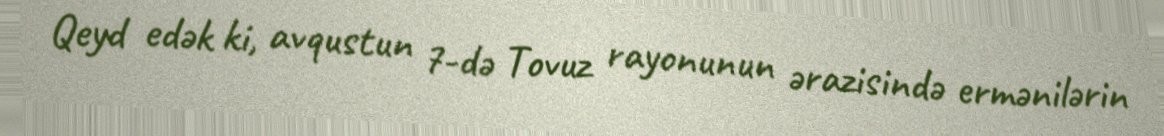
Qeyd edək ki, avqustun 7-də Tovuz rayonunun ərazisində ermənilərin